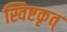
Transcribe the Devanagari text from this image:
स्विष्टकृत्